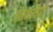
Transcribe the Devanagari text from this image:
लोकविधी